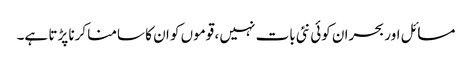
مسائل اور بحران کوئی نئی بات نہیں ، قوموں کو ان کا سامنا کرنا پڑتا ہے۔